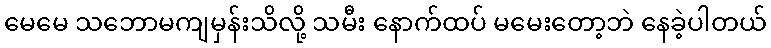
မေမေ သဘောမကျမှန်းသိလို့ သမီး နောက်ထပ် မမေးတော့ဘဲ နေခဲ့ပါတယ်